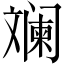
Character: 斓